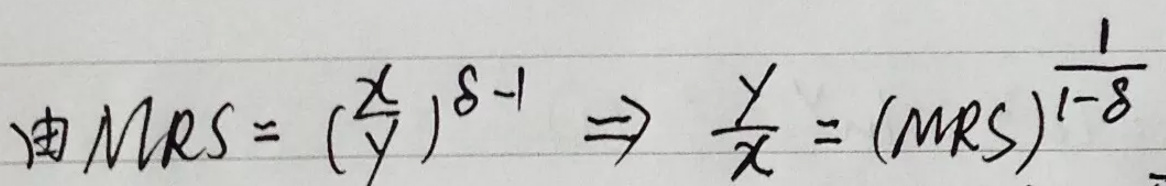
由 \(MRS = (\frac{x}{y})^{\delta - 1} \Rightarrow \frac{y}{x} = (MRS)^{\frac{1}{1 - \delta}}\)